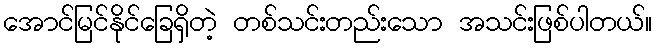
အောင်မြင်နိုင်ခြေရှိတဲ့ တစ်သင်းတည်းသော အသင်းဖြစ်ပါတယ်။